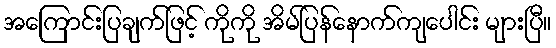
အကြောင်းပြချက်ဖြင့် ကိုကို အိမ်ပြန်နောက်ကျပေါင်း များပြီ။